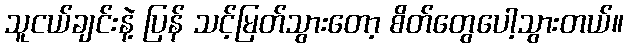
သူငယ်ချင်းနဲ့ ပြန် သင့်မြတ်သွားတော့ စိတ်တွေပေါ့သွားတယ်။